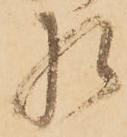
相